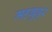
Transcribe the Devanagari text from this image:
महबुबुर